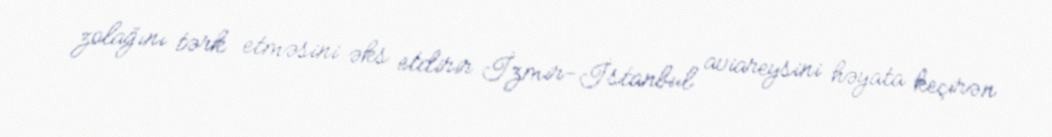
zolağını tərk etməsini əks etdirir.İzmir-İstanbul aviareysini həyata keçirən